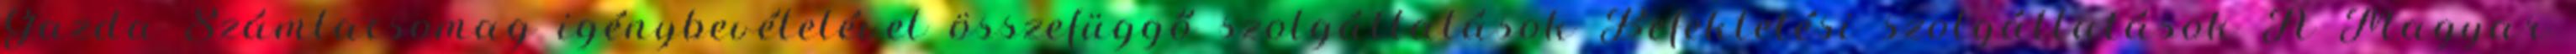
Gazda Számlacsomag igénybevételével összefüggő szolgáltatások Befektetési szolgáltatások A Magyar